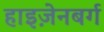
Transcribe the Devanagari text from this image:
हाइज़ेनबर्ग